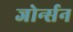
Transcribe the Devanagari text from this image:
जोर्न्सन